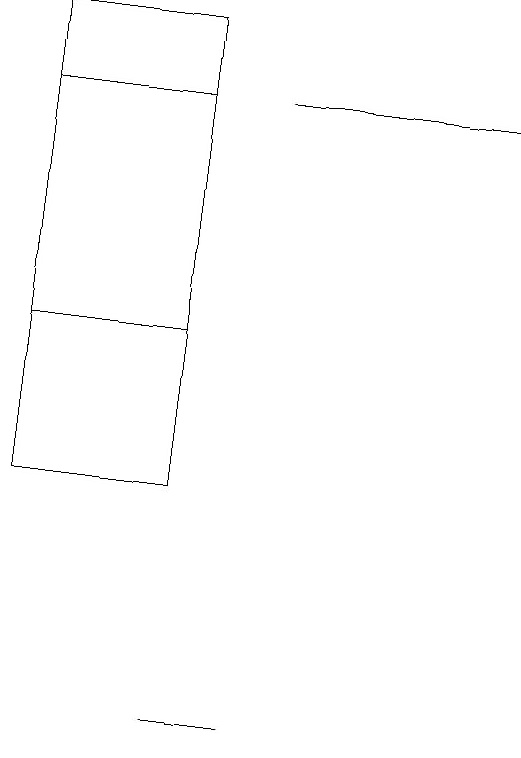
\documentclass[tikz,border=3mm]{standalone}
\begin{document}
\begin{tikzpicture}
\draw (3,10) rectangle (2,10);
\draw (0,19) rectangle (2,15);
\draw (2,13) rectangle (0,18);
\draw (6,18) rectangle (3,18);
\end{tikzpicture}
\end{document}